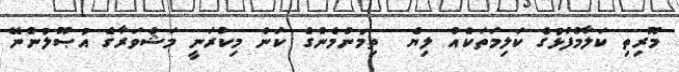
މޫރިތި ކަލާމްފުޅުގެ ކަލިމަތަކެއް ލިޔެ  ތިމަންމެންގެ ކަން މިކުރަނީ މަޝްވަރާގެ އުޞޫލުންނޭ